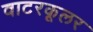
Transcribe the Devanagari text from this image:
वाटरकूलर